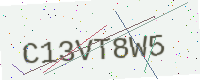
Text: C13VT8W5